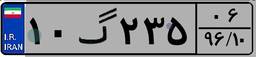
۴۴گ۶۴۷۸۷